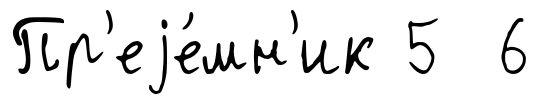
Пр'еjе́мн'ик 5 6